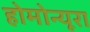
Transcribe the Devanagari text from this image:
होमोन्यूरा